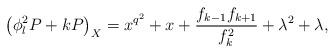
LaTeX: \begin{align*} \big(\phi_l^2P + kP\big)_X = x^{q^2} + x +\frac{f_{k-1}f_{k+1}}{f_k^2} + \lambda^2 + \lambda ,\end{align*}